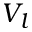
V _ { l }